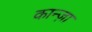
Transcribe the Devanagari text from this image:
कान्ज़ा